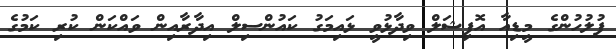
ފުލުހުންގެ މީޑިއާ އޮފިޝަލް ވިދާޅުވީ ޅައިމަގު ކައުންސިލް އިދާރާއިން ވައްކަން ކުރި ކަމުގެ